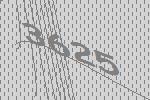
3625